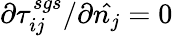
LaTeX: {\partial\tau_{ij}^{sgs}}/{\partial\hat{n_{j}}}=0